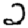
Digit: 2